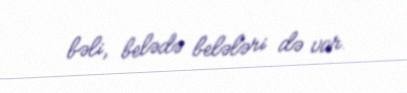
bəli, belədə belələri də var.